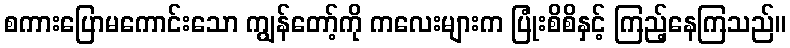
စကားပြောမကောင်းသော ကျွန်တော့်ကို ကလေးများက ပြုံးစိစိနှင့် ကြည့်နေကြသည်။